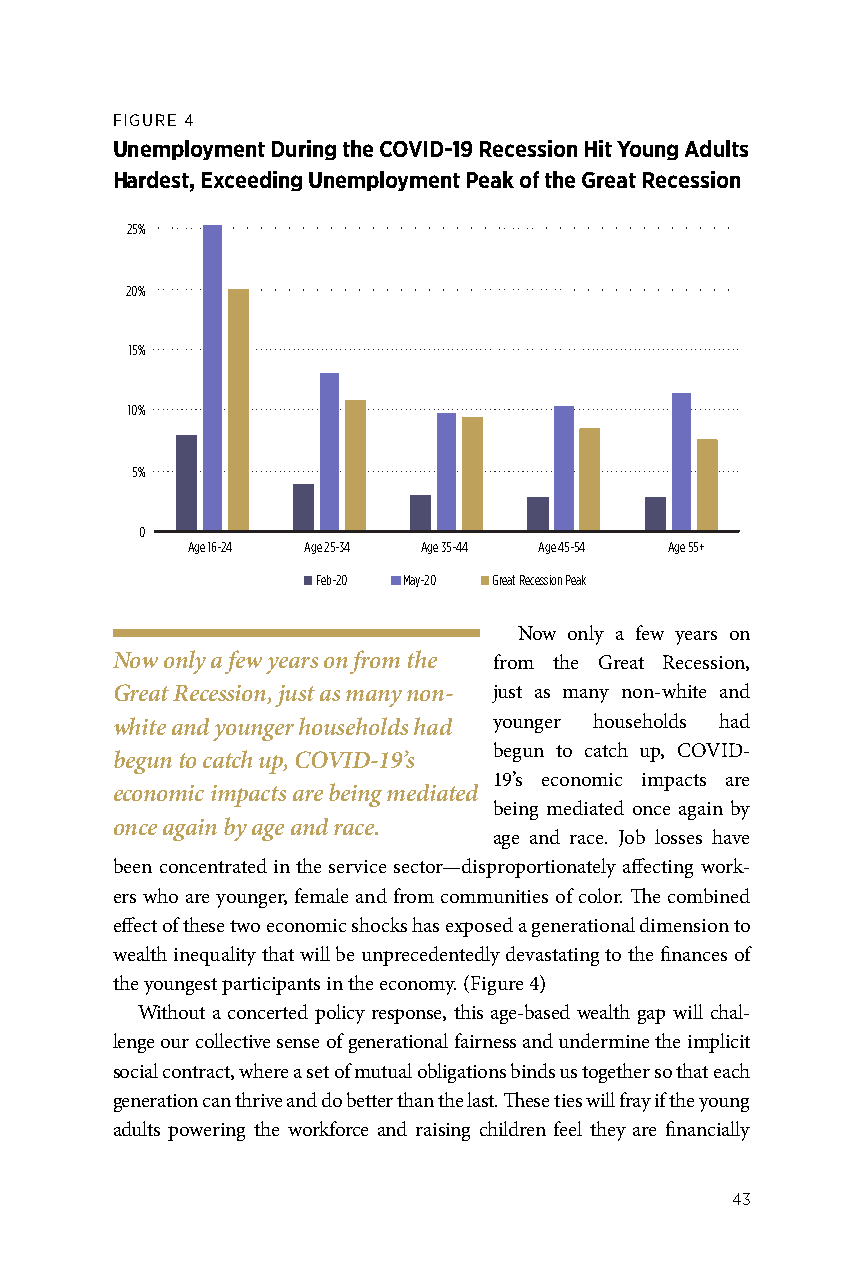
FIGURE 4
 Unemployment During the COVID-19 Recession Hit Young Adults
 30%
 Hardest, Exceeding Unemployment Peak of the Great Recession
 25%
 20%
 15%
 10%
 5%
 0
 Age 16-24 Age 25-34 Age 35-44 Age 45-54 Age 55+
 Feb-20 May-20 Great Recession Peak
 Now only a few years on
 Now only a few years on from the from the Great Recession,
 Great Recession, just as many non- just as many non-white and
 white and younger households had younger households had
 begun to catch up, COVID-
 begun to catch up, COVID-19’s
 19’s economic impacts are
 economic impacts are being mediated
 being mediated once again by
 once again by age and race.
 age and race. Job losses have
 been concentrated in the service sector—disproportionately affecting work-
 ers who are younger, female and from communities of color. The combined
 effect of these two economic shocks has exposed a generational dimension to
 wealth inequality that will be unprecedentedly devastating to the finances of
 the youngest participants in the economy. (Figure 4)
 Without a concerted policy response, this age-based wealth gap will chal-
 lenge our collective sense of generational fairness and undermine the implicit
 social contract, where a set of mutual obligations binds us together so that each
 generation can thrive and do better than the last. These ties will fray if the young
 adults powering the workforce and raising children feel they are financially
 43